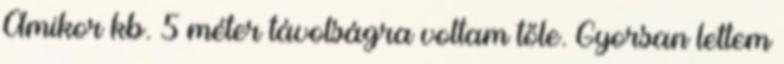
Amikor kb. 5 méter távolságra voltam tőle. Gyorsan lettem